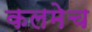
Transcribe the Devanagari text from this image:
कलमेच